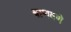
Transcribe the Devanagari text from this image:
बाणवणे